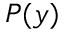
P ( y )